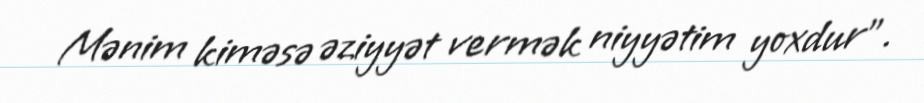
Mənim kiməsə əziyyət vermək niyyətim yoxdur”.